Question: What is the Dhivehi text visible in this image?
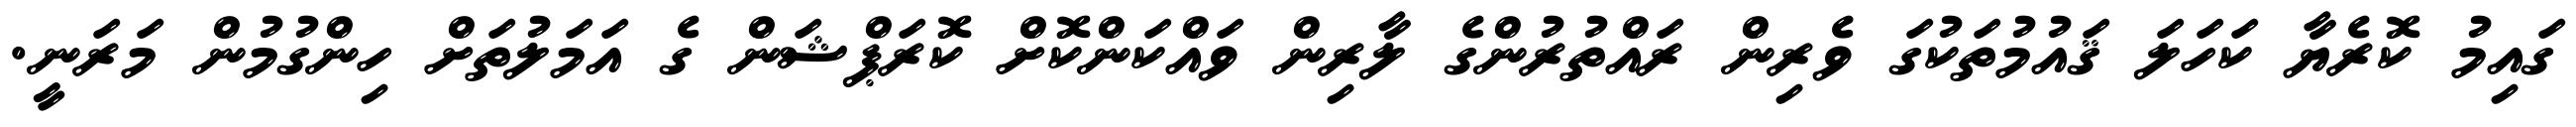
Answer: ގައިމު ކޮރެޔާ ކަހަލަ ޤައުމުތަކުގަ ވެރިން ރައްތުރުންގެ ލާރިން ވައްކަންކޮށް ކޮރަޕްޝަން ގެ އަމަލުތަށް ހިންގުމުން މަރަނީ.